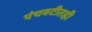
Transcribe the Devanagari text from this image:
पंचवटीतही